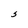
Character: S